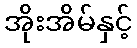
အိုးအိမ်နှင့်